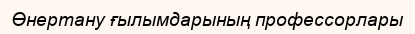
Өнертану ғылымдарының профессорлары